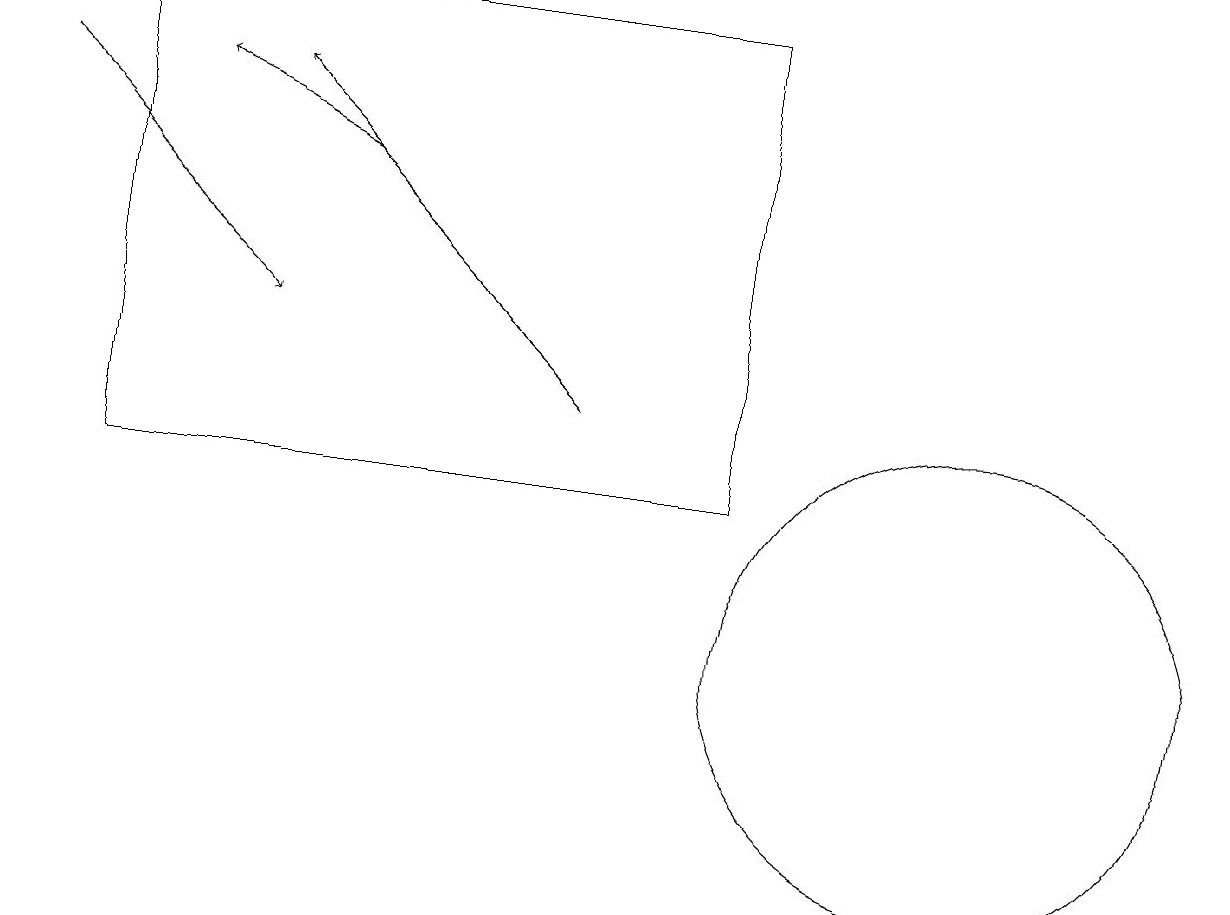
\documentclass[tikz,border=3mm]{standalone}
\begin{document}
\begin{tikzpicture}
\draw (12,11) circle (3);
\draw (10,11) circle (0);
\draw (9,19) rectangle (1,13);
\draw[->] (0,18) -- (3,15);
\draw[->] (4,17) -- (2,18);
\draw[->] (7,14) -- (3,18);
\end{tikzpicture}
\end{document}